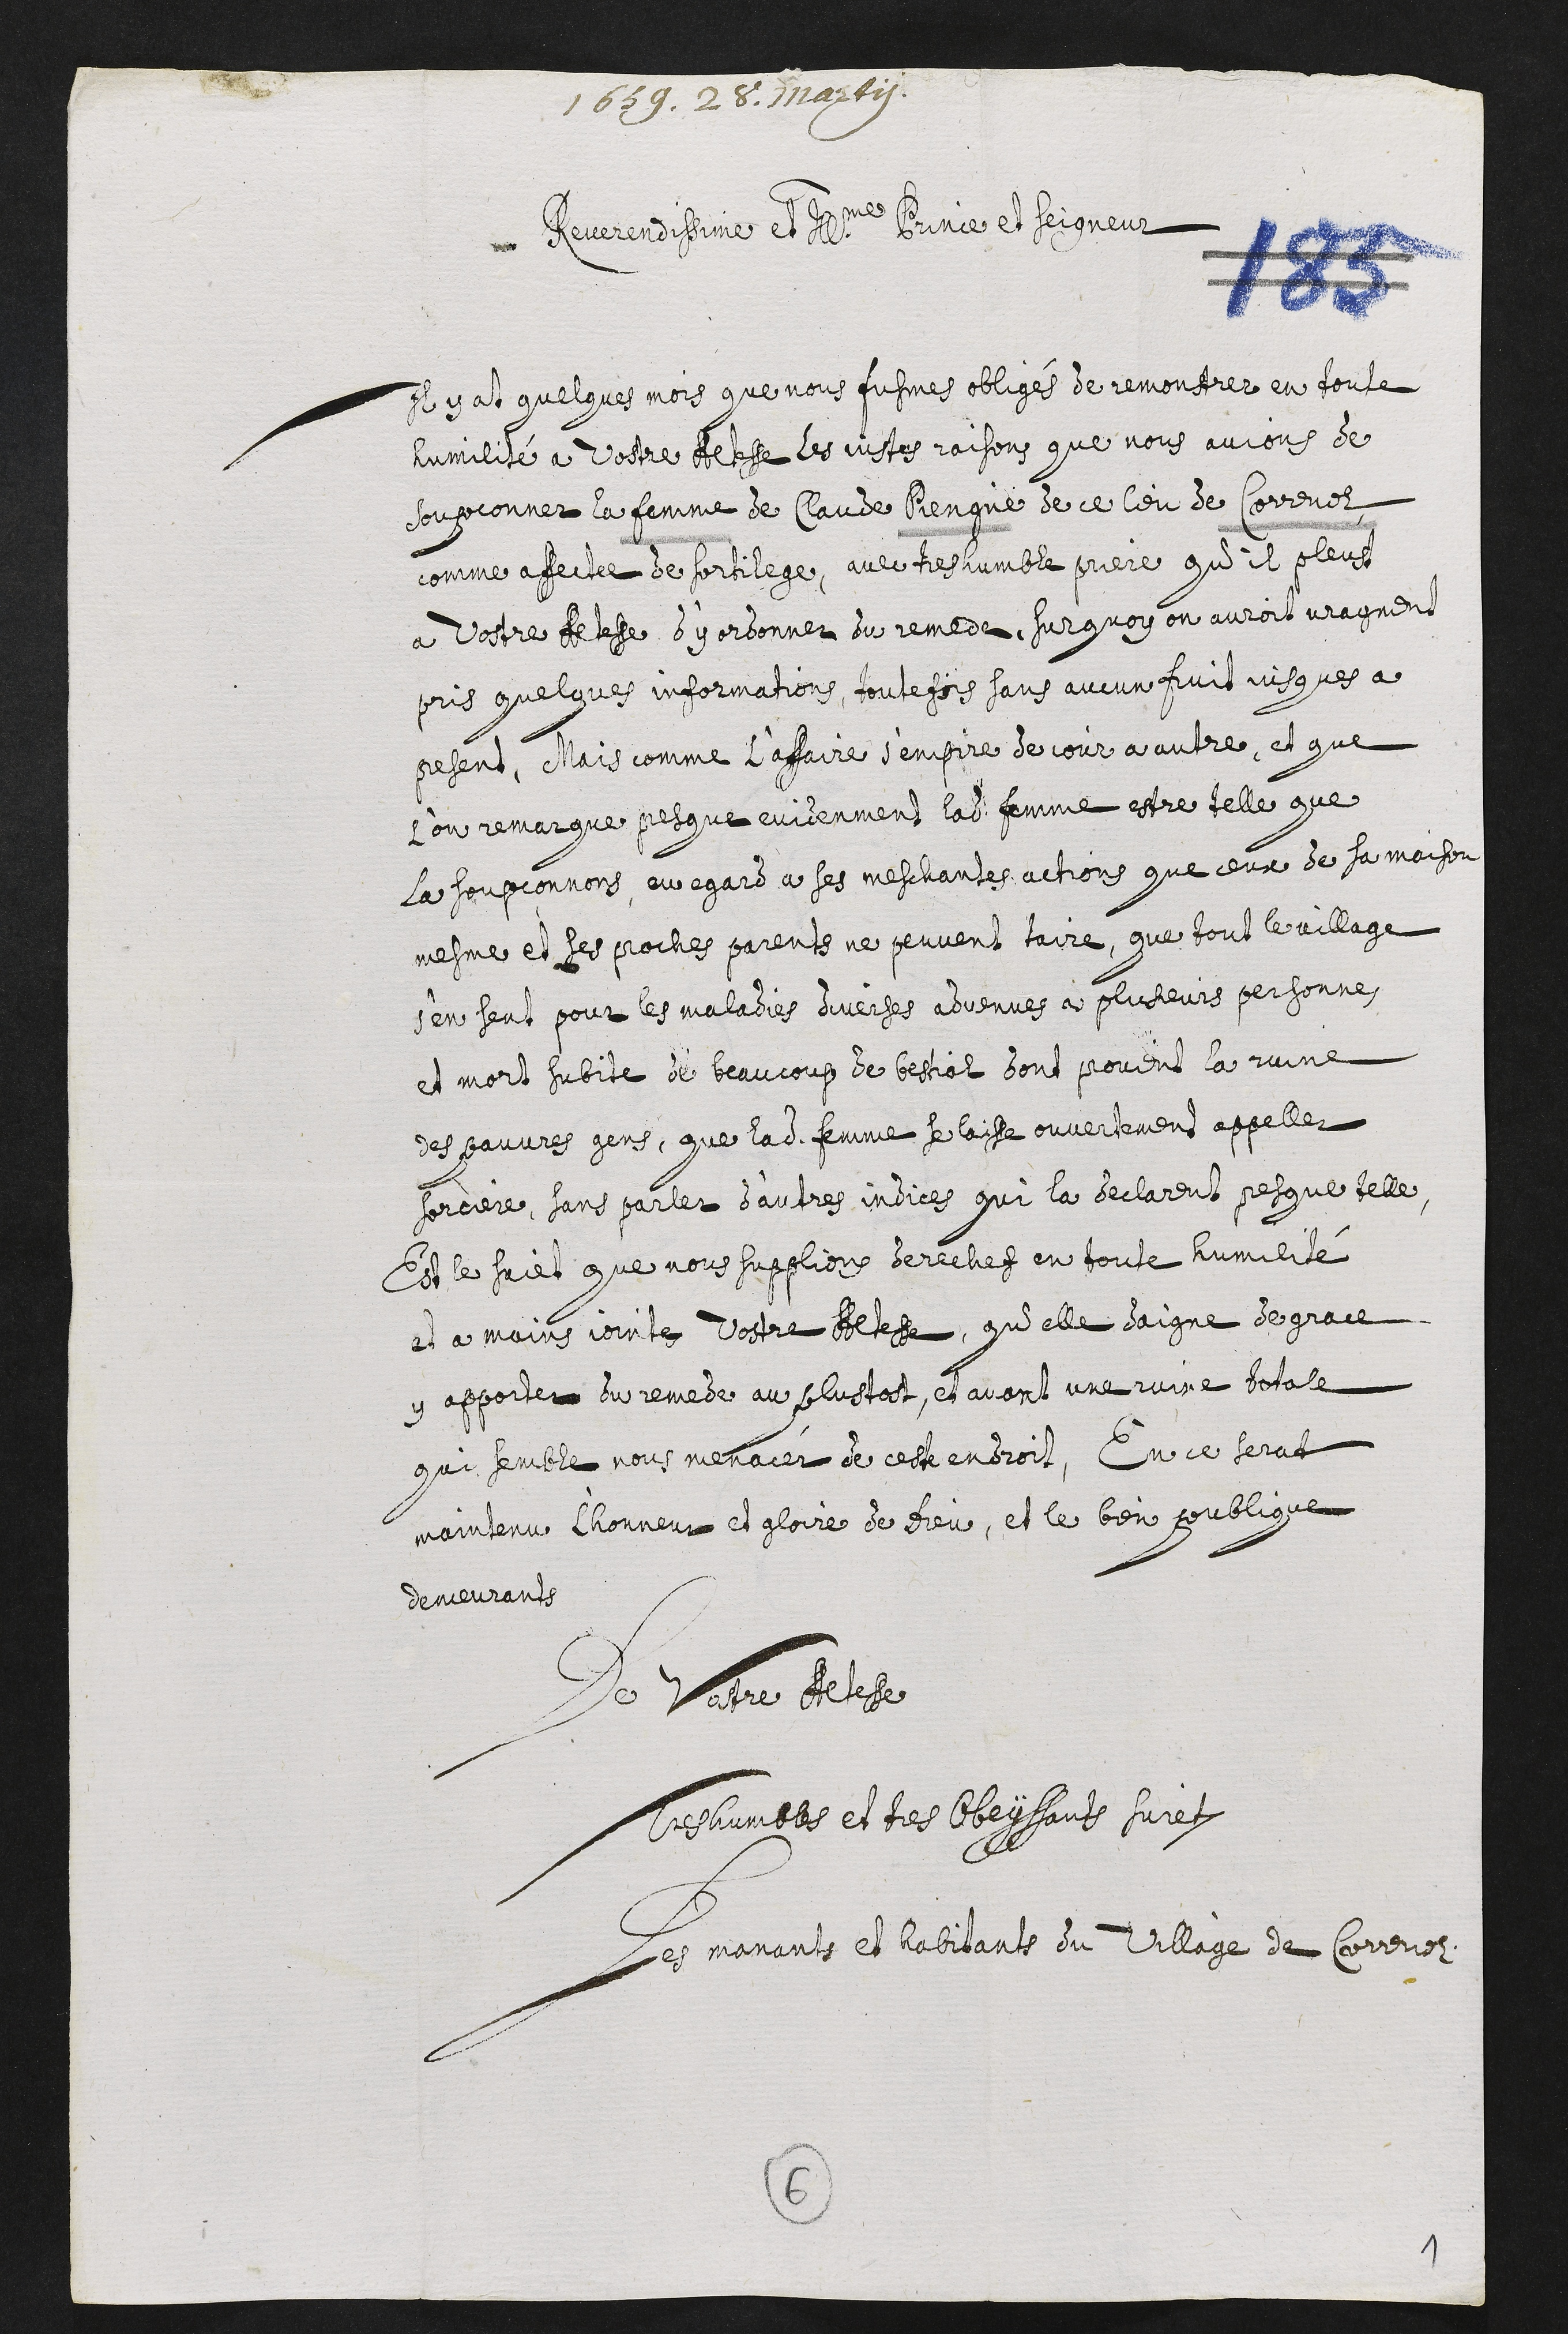
1659. 28. marty
Reverendissime et de Prince et Seigneur
Il y at quelques mois que nous susmes obligé de remontrer en toute
humilite a vostre des les justes raisons que nous aucons de
soupconner la femme de Claude seque de ce leu de Corenol,
comme affecte de sortilege, avec tesmemble priere qu’il pleust
a battre fesse, sy ordonner du remede, surquoy on auroit vrayment
pris quelques informations toutefois sans aucun fuit jusques a
pesant, chars comme l’affaire d’empire de jour à autre, et que
ou remarque pasque evienment ladite femme estre telle que
la soupconnois au regard à ses meschantes actions que ceux de sa maison
mesme et ses proche parents ne peuvent taire, que tout le village,
s’en sent pour les maladies averses advenues a plusieurs personnes
et mort subite de beaucoup de bestial dont provent la ruine
des pauvres gens que ladite femme plasse ouvertement appeller
priere, sans parler d’aupres indices, qui la declarent pesque telle
Dit le faict que nous supplieu derechef en toute humenté
et a main joints dostre elles qu’elle Saigne de grace
y apporter du remede au plustat, et avant une ruine totat
que semble nous menacer de cestendroit. En ce serat
maintenu lhonneur et chaire de dieu, et le ben poublige
demeurant
de Ver Pere
Pentes et tres bisans sur
Les manants et habitants du village de Corenolz
1